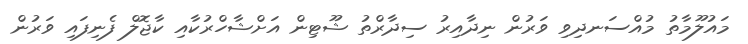
މައުލޫމާތު މުއްސަނދިވި ވަރުން ނިދާއިރު ސިދާރްތު ޝޫޓިން އަށްޝާހްރުކާއި ކާޖޮލް ފެނިފައި ވަރުން